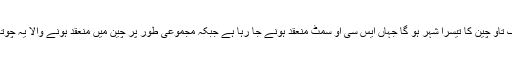
اس طرح چھنگ تاو چین کا تیسرا شہر ہو گا جہاں ایس سی او سمٹ منعقد ہونے جا رہا ہے جبکہ مجموعی طور پر چین میں منعقد ہونے والا یہ چوتھا اجلاس ہو گا۔